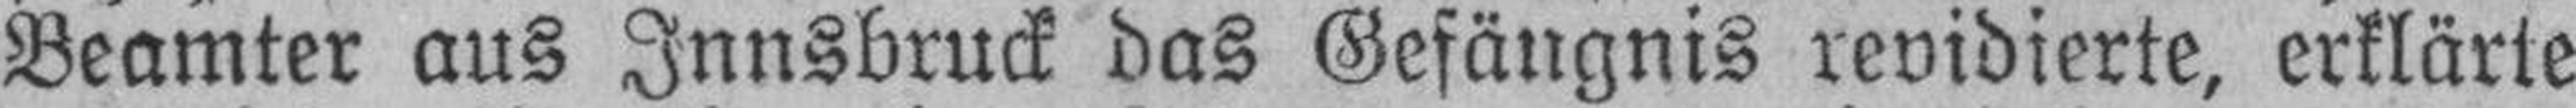
Beamter aus Innsbruck das Gefängnis revidierte, erklärte